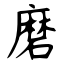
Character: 磨